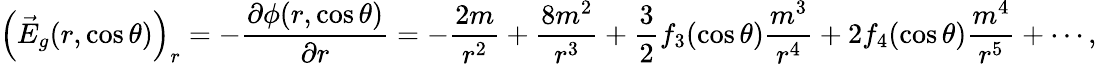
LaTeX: \left(\vec{E}_{g}(r,\cos\theta)\right)_{r}=-\frac{\partial\phi(r,\cos\theta)}{\partial r}=-\frac{2m}{r^{2}}+\frac{8m^{2}}{r^{3}}+\frac{3}{2}f_{3}(\cos\theta)\frac{m^{3}}{r^{4}}+2f_{4}(\cos\theta)\frac{m^{4}}{r^{5}}+\cdots,